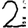
Digit: 2